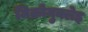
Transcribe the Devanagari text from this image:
मिक्रोनुक्लेइ